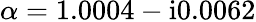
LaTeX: \alpha=1.0004-\mathrm{i}0.0062